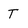
Character: T